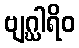
ဗျဂ္ဃါရိဝ